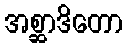
အစ္ဆာဒိတော